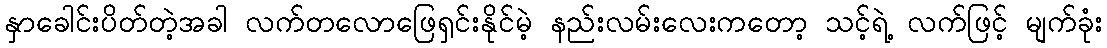
နှာခေါင်းပိတ်တဲ့အခါ လက်တလောဖြေရှင်းနိုင်မဲ့ နည်းလမ်းလေးကတော့ သင့်ရဲ့ လက်ဖြင့် မျက်ခုံး